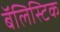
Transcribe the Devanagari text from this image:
बॅलिस्टिक